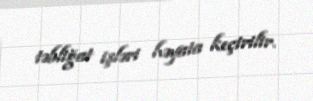
təbliğat işləri həyata keçirilir.